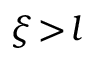
\xi \! > \! l